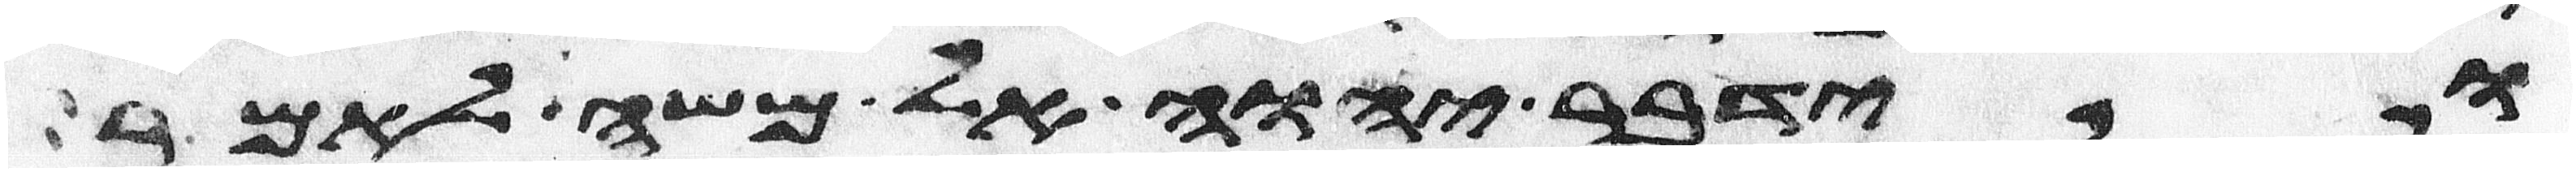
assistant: וידבר יהוה אל משה לאמר